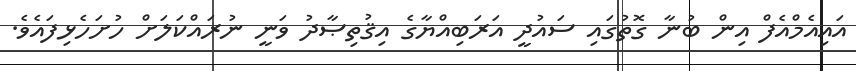
އައިއެމްއެފް އިން ބުނާ ގޮތުގައި ސައުދީ އަރަބިއްޔާގެ އިޤުތިޞާދު ވަނީ ނުރައްކަލަށް ހުށަހެޅިފައެވެ.